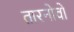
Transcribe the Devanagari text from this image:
तारनोवो